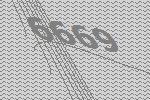
6669